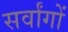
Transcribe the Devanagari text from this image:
सर्वांगों